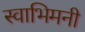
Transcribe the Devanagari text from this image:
स्वाभिमनी